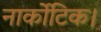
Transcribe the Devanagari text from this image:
नार्कोटिक।